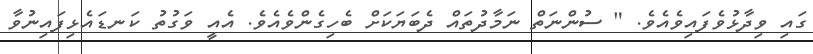
ގައި ވިދާޅުވެފައިވެއެވެ. " ސުންނަތް ނަމާދުތައް ދެބަޔަކަށް ބެހިގެންވެއެވެ. އެއީ ވަގުތު ކަނޑައެޅިފައިނުވާ